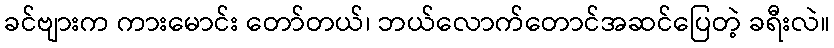
ခင်ဗျားက ကားမောင်း တော်တယ်၊ ဘယ်လောက်တောင်အဆင်ပြေတဲ့ ခရီးလဲ။